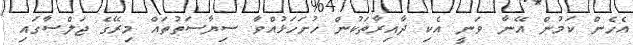
އެހެން ކަމުން އޭނާ ވަނީ އެކި ދާއިރާތަކުން ހުށަހަޅުއްވާ ސިޔާސަތުތައް މިރޭގެ ޖަލްސާގައި